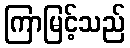
ကြာမြင့်သည်